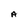
Character: A